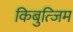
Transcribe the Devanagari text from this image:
किबुत्जिम